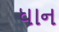
ધાન